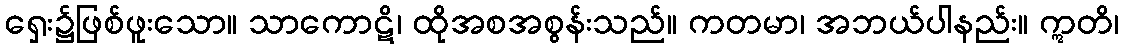
ရှေး၌ဖြစ်ဖူးသော။ သာကောဋိ၊ ထိုအစအစွန်းသည်။ ကတမာ၊ အဘယ်ပါနည်း။ ဣတိ၊